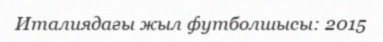
Италиядағы жыл футболшысы: 2015